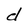
Character: d